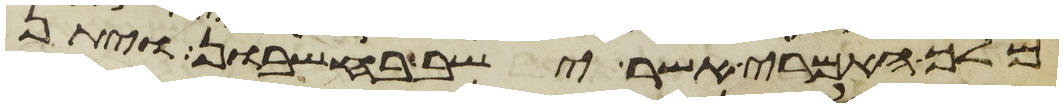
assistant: מלך האמרי אשר ישב בחשבון ויתן